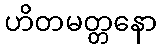
ဟိတမတ္တနော